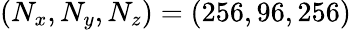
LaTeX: (N_{x},N_{y},N_{z})=(256,96,256)